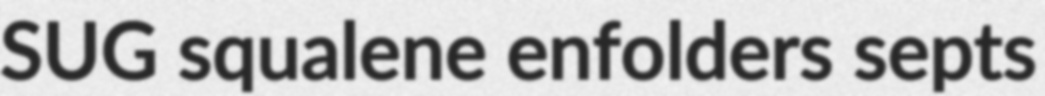
SUG squalene enfolders septs